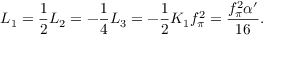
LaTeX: L _ { 1 } = \frac 1 2 L _ { 2 } = - \frac 1 4 L _ { 3 } = - \frac 1 2 K _ { 1 } f _ { \pi } ^ { 2 } = \frac { f _ { \pi } ^ { 2 } \alpha ^ { \prime } } { 1 6 } .